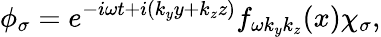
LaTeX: \phi_{\sigma}=e^{-i\omega t+i(k_{y}y+k_{z}z)}f_{\omega k_{y}k_{z}}(x)\chi_{\sigma},